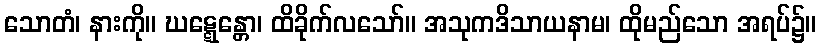
သောတံ၊ နားကို။ ဃဋ္ဋေန္တော၊ ထိခိုက်လသော်။ အသုကဒိသာယနာမ၊ ထိုမည်သော အရပ်၌။